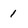
Character: 1